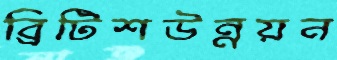
ব্রিটিশউন্নয়ন